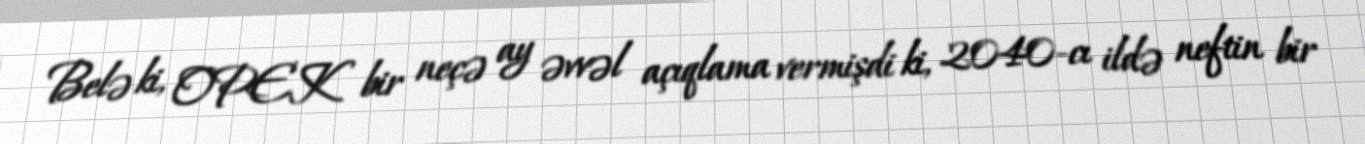
Belə ki, OPEK bir neçə ay əvvəl açıqlama vermişdi ki, 2040-cı ildə neftin bir